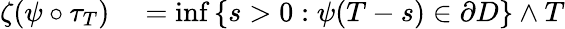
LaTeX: \begin{array}{rl}{\zeta(\psi\circ\tau_{T})}&{{}=\operatorname*{inf}\left\{ s>0:\psi(T-s)\in\partial D\right\} \wedge T}\end{array}